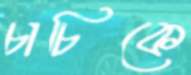
চাচিকে